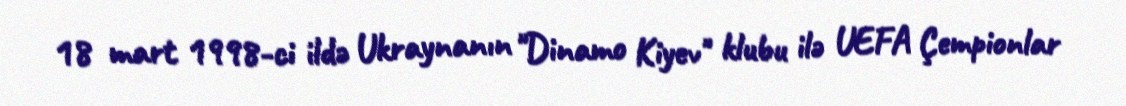
18 mart 1998-ci ildə Ukraynanın "Dinamo Kiyev" klubu ilə UEFA Çempionlar